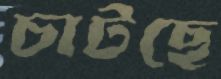
চাটছে